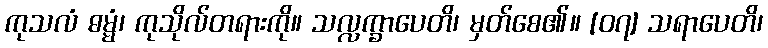
ကုသလံ ဓမ္မံ၊ ကုသိုလ်တရားကို။ သလ္လက္ခာပေတိ၊ မှတ်စေ၏။ [၀၇] သရာပေတိ၊